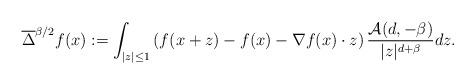
LaTeX: \begin{align*}\overline{\Delta}^{\beta/2}f(x):=\int_{|z|\leq 1} \left( f(x+z)-f(x)- \nabla f(x) \cdot z \right) \frac{{\cal A}(d, -\beta)}{|z|^{d+\beta}}dz.\end{align*}